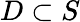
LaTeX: D\subset S